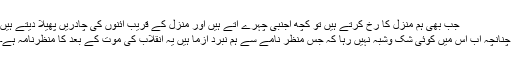
جب بھی ہم منزل کا رخ کرتے ہیں تو کچھ اجنبی چہرے آتے ہیں اور منزل کے قریب آئنوں کی چادریں پھیلا دیتے ہیں
چنانچہ اب اس میں کوئی شک وشبہ نہیں رہا کہ جس منظر نامے سے ہم نبرد آزما ہیں یہ انقلاب کی موت کے بعد کا منظرنامہ ہے۔